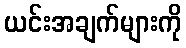
ယင်းအချက်များကို